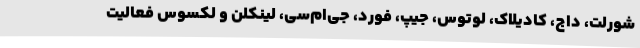
شورلت، داج، کادیلاک، لوتوس، جیپ، فورد، جی‌ام‌سی، لینکلن و لکسوس فعالیت